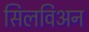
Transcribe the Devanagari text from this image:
सिलविअन